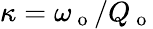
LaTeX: \kappa=\omega_{\mathrm{~o~}}/Q_{\mathrm{~o~}}